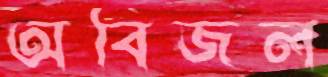
অবিজল